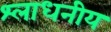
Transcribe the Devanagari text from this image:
श्लाधनीय